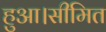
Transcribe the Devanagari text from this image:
हुआ।सीमित